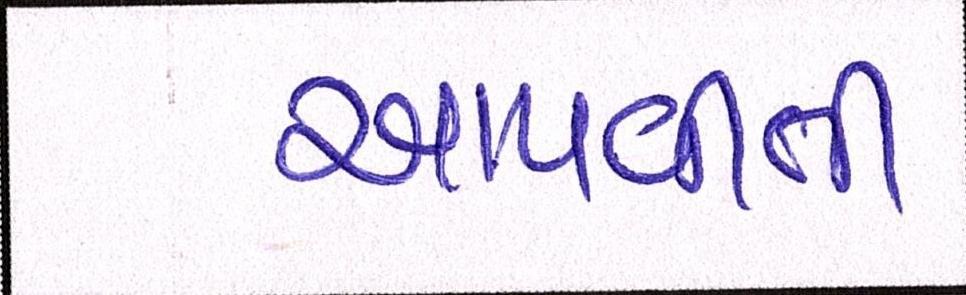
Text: આપવીતી